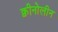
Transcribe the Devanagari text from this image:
क्वीनोलीन